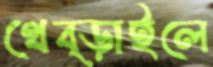
থেব্‌ড়াইলে